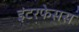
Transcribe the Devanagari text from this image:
इंटरफेसस